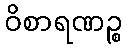
ဝိစာရဏဉ္စ